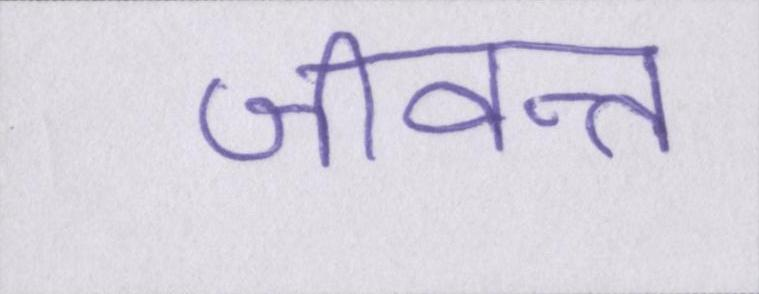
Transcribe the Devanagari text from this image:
जीवन्त